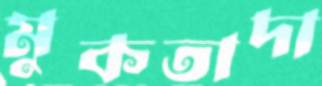
মুকতাদা